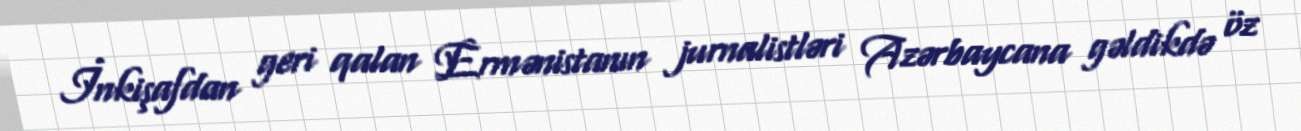
İnkişafdan geri qalan Ermənistanın jurnalistləri Azərbaycana gəldikdə öz